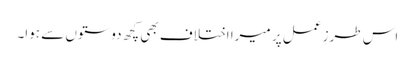
اس طرزِ عمل پر میرا اختلاف بھی کچھ دوستوں سے ہوا۔